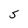
Character: S